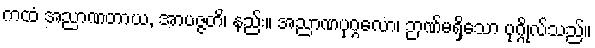
ကထံ အညာဏတာယ, အာပဇ္ဇတိ၊ နည်း။ အညာဏပုဂ္ဂလော၊ ဉာဏ်မရှိသော ပုဂ္ဂိုလ်သည်။